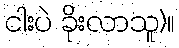
ငါးပဲ ခိုးလာသူ)။